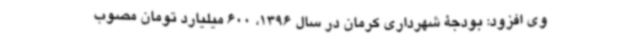
وی افزود: بودجۀ شهرداری کرمان در سال 1396، 600 میلیارد تومان مصوب